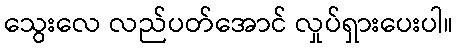
သွေးလေ လည်ပတ်အောင် လှုပ်ရှားပေးပါ။